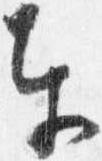
奉